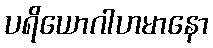
ပရိယောဂါဟမာနော